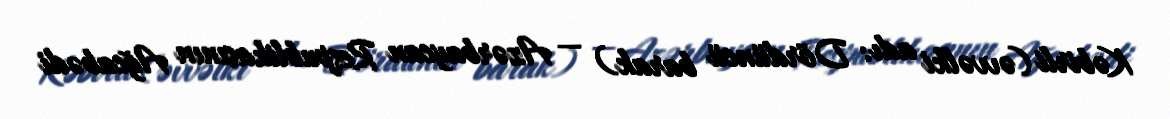
Kəbirli (əvvəlki adı: Dördüncü barak) — Azərbaycan Respublikasının Ağcabədi